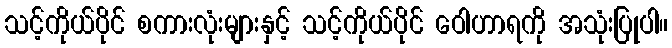
သင့်ကိုယ်ပိုင် စကားလုံးများနှင့် သင့်ကိုယ်ပိုင် ဝေါဟာရကို အသုံးပြုပါ။